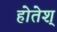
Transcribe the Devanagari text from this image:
होतेश्